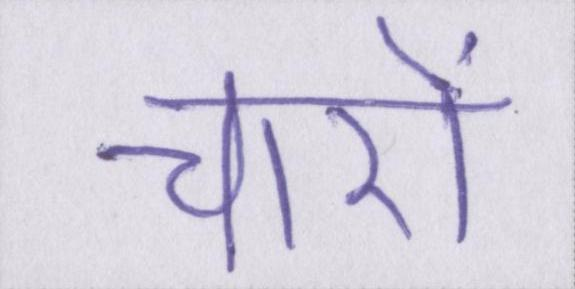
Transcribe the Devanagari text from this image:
चारो